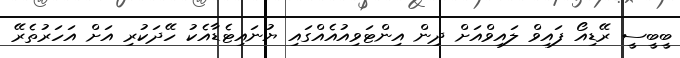
ބީބީސީ ރޭޑިއޯ ފައިވް ލައިވްއަށް ދިން އިންޓަވިއުއެއްގައި ޔުނައިޓެޑާއެކު ހޭދަކުރި އަށް އަހަރުތެރޭ